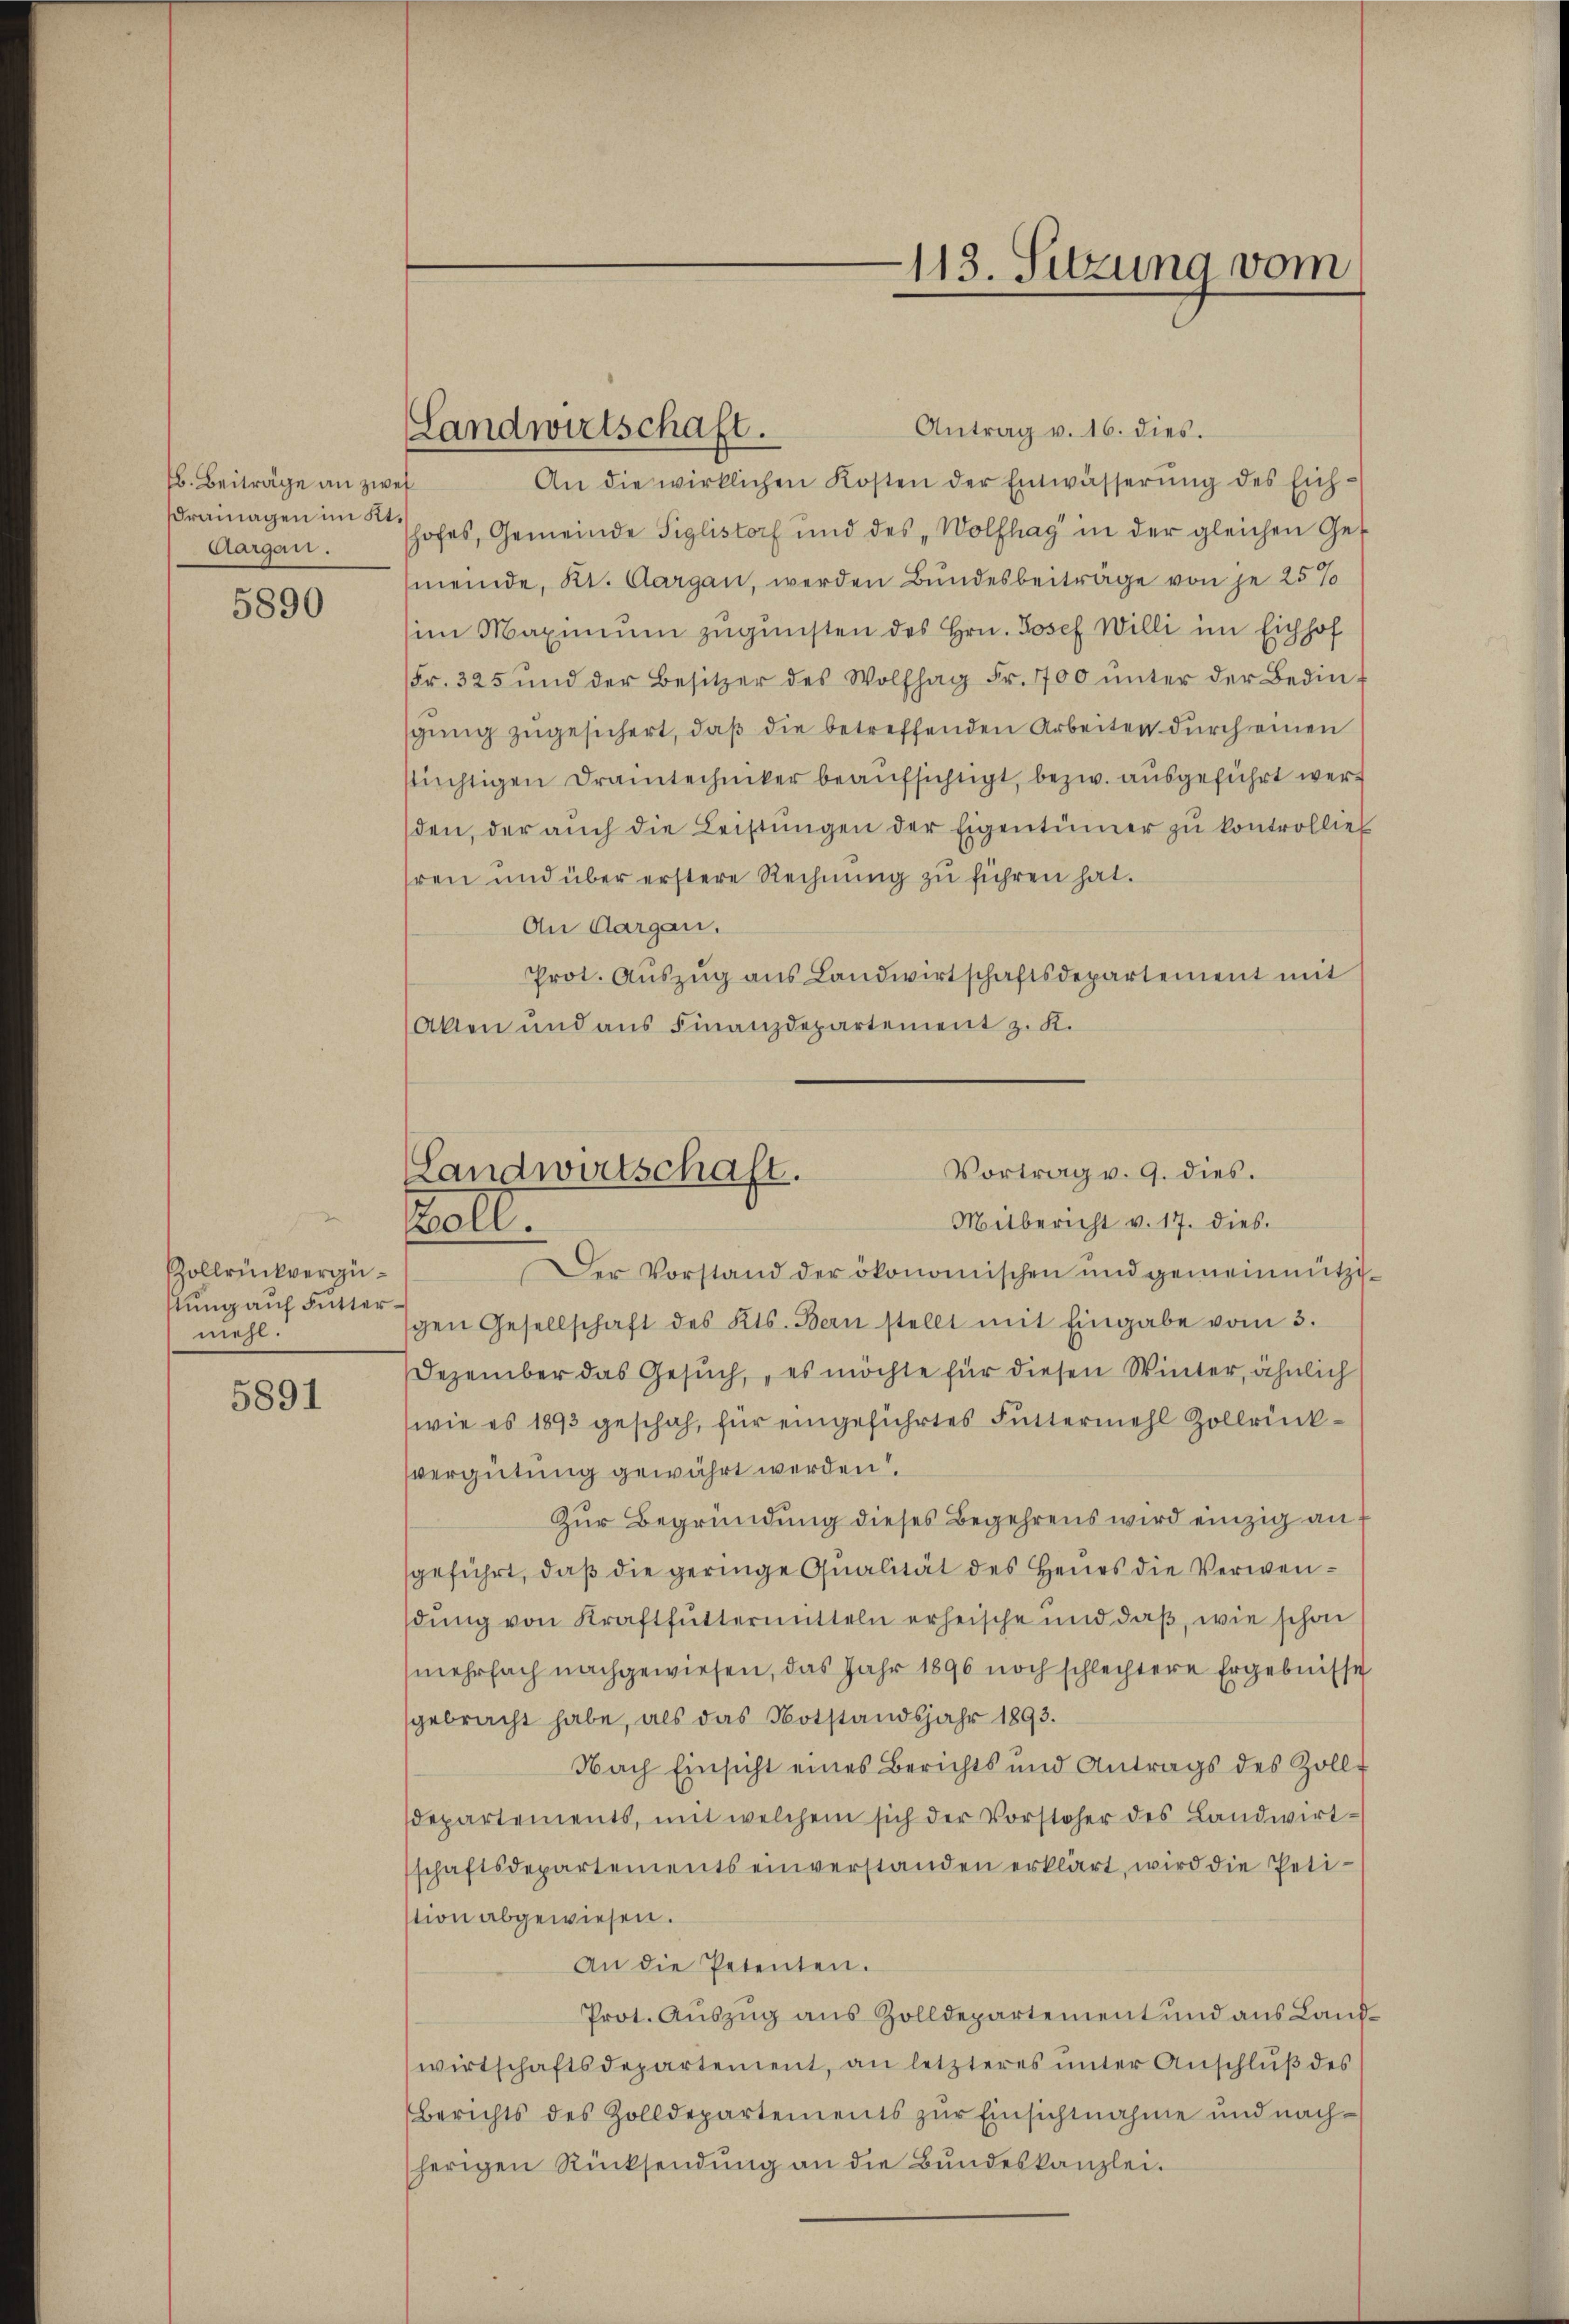
b. Beiträge an zwei
ramagen im Kt.
Aargau.

5890

Zollrückvergüstung auf Futtermehl.

5891

Antrag v. 16. dies.
An die wirklichen Kosten der Entwässerŭng des Eichhofes, Gemeinde Siglistorf und des „Wolfhag in der gleichen Ge-
meinde, Kt. Aargau, werden Bundesbeitrage von je 25%
im Maximum zugunsten des Hrn. Josef Willi im Eichhof
Fr. 325 und der Besitzer des Wolfhag Fr. 700 ŭnter der Bedin-
sging zugesichert, daß die betreffenden Arbeiten durch einen
stüchtigen Drantechniker beaufsichtigt, bezw. ausgeführt werden, der aŭch die Leistŭngen der Eigentümer zu kontrollie
hren und über erstere Rechnŭng zŭ führen hat.
An Aargau.
Prot. Aŭszŭg ans Landwirtschaftsdepartement mit
Atten und aus Finanzdepartement z. K.

Landwirtschaft.

113. Sitzung vom

Vortrag v. 9. dies.
Landwirtschaft.
Mitbericht v. 17. dies
all.

Der Vorstand der ökonomischen und gemeinnützischen Gesellschaft des Kts. Bern stellt mit Eingabe vom 3.
Dezember das Gesuch, es möchte für diesen Winter, ähnlich
(wie es 1893 geschah, für eingeführtes Futtermehl Zollrückvergütung gewährt werden.
Zur Begründung dieses Begehrens wird einzig an
geführt, daß die geringe Qualität des Heurs die Verwendung von Kraftfuttermitteln erheische und daß, wie schon
mehrfach nachgewiesen, das Jahr 1896 noch schlechtere Ergebnisse
gebracht habe, als das Notstandsjahr 1893.
Nach Einsicht eines Berichts und Antrags des Zoll-
departements, mit welchem sich der Vorsteher des Landwirt-
schaftsdepartements einverstanden erklärt, wird die Peti-
tion abgewiesen.
An die Petenten.
Prot. Aŭszŭg aŭs Zolldepartement und aus Landwirtschaftsdepartement, an letzteres ŭnter Anschlŭβ des
Berichts des Zolldepartements zŭr Einsichtnahme und nachherigen Rücksendung an die Bundeskanzlei.